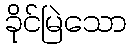
ခိုင်မြဲသော